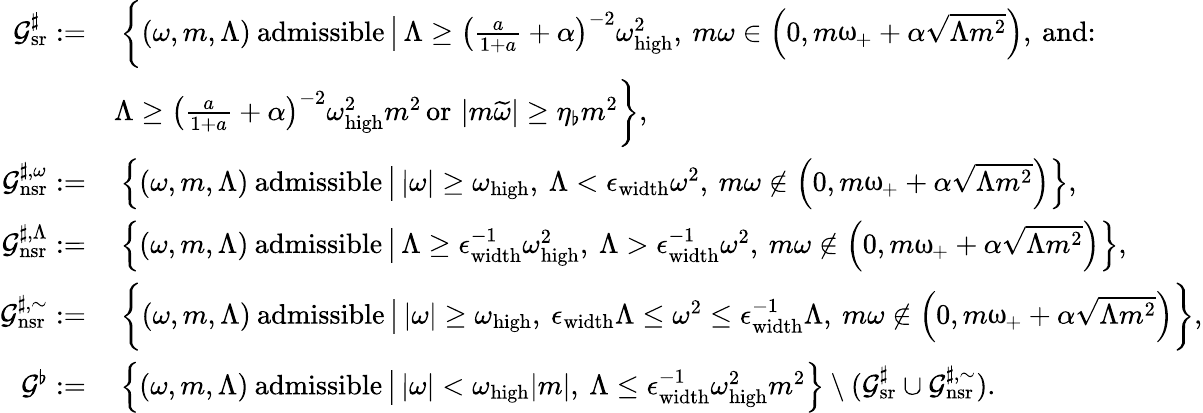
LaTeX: \begin{array}{rl}{\mathcal{G}_{\mathrm{sr}}^{\sharp}:=}&{\: \bigg\{ (\omega,m,\Lambda)\: \textnormal{admissible}\, \big|\, \Lambda\geq\left(\frac{a}{1+a}+\alpha\right)^{-2}\omega_{\mathrm{high}}^{2},\: m\omega\in\left(0,m\upomega_{+}+\alpha\sqrt{\Lambda m^{2}}\right),\: \textnormal{and:}}\\ &{\Lambda\geq\left(\frac{a}{1+a}+\alpha\right)^{-2}\omega_{\mathrm{high}}^{2}m^{2}\, \textnormal{or}\, \left|m\widetilde{\omega}\right|\geq\eta_{\flat}m^{2}\bigg\} ,}\\ {\mathcal{G}_{\mathrm{nsr}}^{\sharp,\omega}:=}&{\: \left\{ (\omega,m,\Lambda)\: \textnormal{admissible}\, \big|\, |\omega|\geq\omega_{\mathrm{high}},\: \Lambda<\epsilon_{\mathrm{width}}\omega^{2},\: m\omega\notin\left(0,m\upomega_{+}+\alpha\sqrt{\Lambda m^{2}}\right)\right\} ,}\\ {\mathcal{G}_{\mathrm{nsr}}^{\sharp,\Lambda}:=}&{\: \left\{ (\omega,m,\Lambda)\: \textnormal{admissible}\, \big|\, \Lambda\geq\epsilon_{\mathrm{width}}^{-1}\omega_{\mathrm{high}}^{2},\: \Lambda>\epsilon_{\mathrm{width}}^{-1}\omega^{2},\: m\omega\notin\left(0,m\upomega_{+}+\alpha\sqrt{\Lambda m^{2}}\right)\right\} ,}\\ {\mathcal{G}_{\mathrm{nsr}}^{\sharp,\sim}:=}&{\: \bigg\{ (\omega,m,\Lambda)\: \textnormal{admissible}\, \big|\, |\omega|\geq\omega_{\mathrm{high}},\: \epsilon_{\mathrm{width}}\Lambda\leq\omega^{2}\leq\epsilon_{\mathrm{width}}^{-1}\Lambda,\: m\omega\notin\left(0,m\upomega_{+}+\alpha\sqrt{\Lambda m^{2}}\right)\bigg\} ,}\\ {\mathcal{G}^{\flat}:=}&{\: \left\{ (\omega,m,\Lambda)\: \textnormal{admissible}\, \big|\, |\omega|<\omega_{\mathrm{high}}|m|,\: \Lambda\leq\epsilon_{\mathrm{width}}^{-1}\omega_{\mathrm{high}}^{2}m^{2}\right\} \setminus(\mathcal{G}_{\mathrm{sr}}^{\sharp}\cup\mathcal{G}_{\mathrm{nsr}}^{\sharp,\sim}).}\end{array}